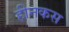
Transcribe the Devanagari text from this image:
हीनकस